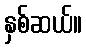
နှစ်ဆယ်။